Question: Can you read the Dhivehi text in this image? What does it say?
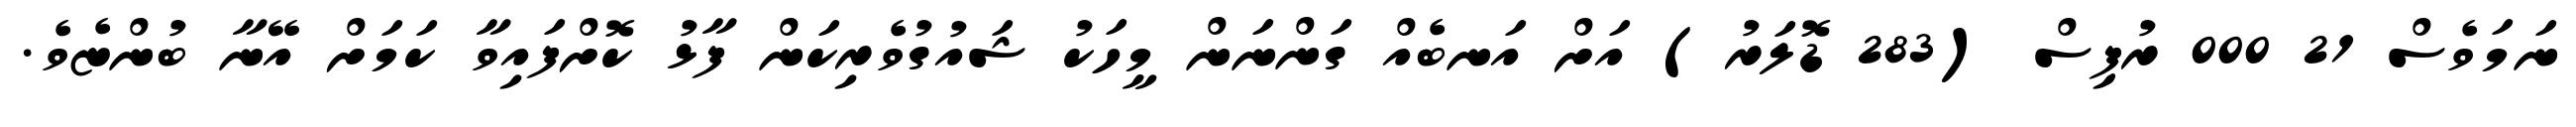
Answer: ނަމަވެސް 21 000 ރުޕިސް (283 ޑޮލަރު) އަށް އަނބެއް ގަންނަން މީހަކު ޝައުގުވެރިކަން ފާޅު ކޮށްފައިވާ ކަމަށް އޭނާ ބުންޏެވެ.